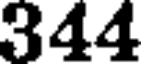
344